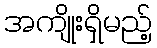
အကျိုးရှိမည့်